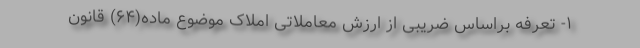
۱- تعرفه براساس ضریبی از ارزش معاملاتی املاک موضوع ماده(۶۴) قانون